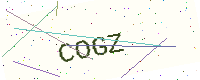
Text: COGZ